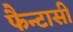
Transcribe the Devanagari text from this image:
फैन्टासी